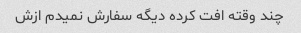
چند وقته افت کرده دیگه سفارش نمیدم ازش